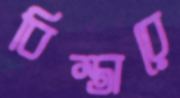
বিস্তারে